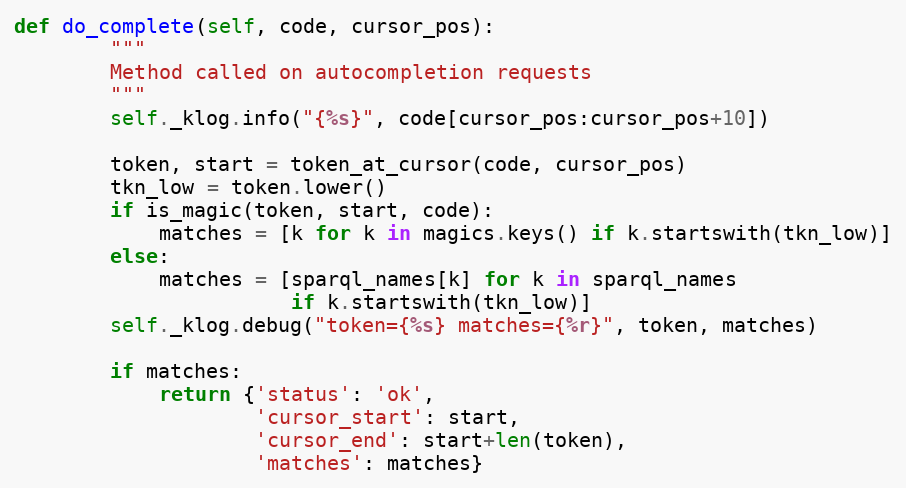
Language: Python
def do_complete(self, code, cursor_pos):
        """
        Method called on autocompletion requests
        """
        self._klog.info("{%s}", code[cursor_pos:cursor_pos+10])

        token, start = token_at_cursor(code, cursor_pos)
        tkn_low = token.lower()
        if is_magic(token, start, code):
            matches = [k for k in magics.keys() if k.startswith(tkn_low)]
        else:
            matches = [sparql_names[k] for k in sparql_names
                       if k.startswith(tkn_low)]
        self._klog.debug("token={%s} matches={%r}", token, matches)

        if matches:
            return {'status': 'ok',
                    'cursor_start': start,
                    'cursor_end': start+len(token),
                    'matches': matches}